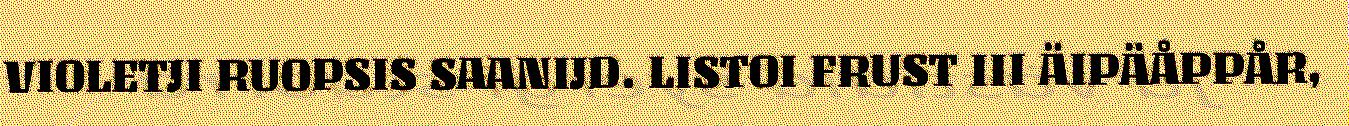
VIOLETJI RUOPSIS SAANIJD. LISTOI FRUST III ÄIPÄÅPPÅR,